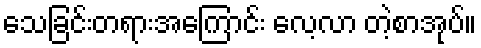
သေခြင်းတရားအကြောင်း လေ့လာ တဲ့စာအုပ်။